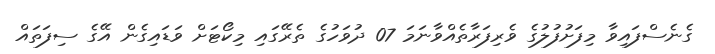
ގެނެސްފައިވާ މިފަށުފުލުގެ ވެރިފަރާތެއްވާނަމަ 07 ދުވަހުގެ ތެރޭގައި މިކޯޓަށް ވަޑައިގެން އޭގެ ސިފަތައް